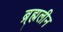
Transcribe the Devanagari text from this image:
ब्र्ह्मलीन